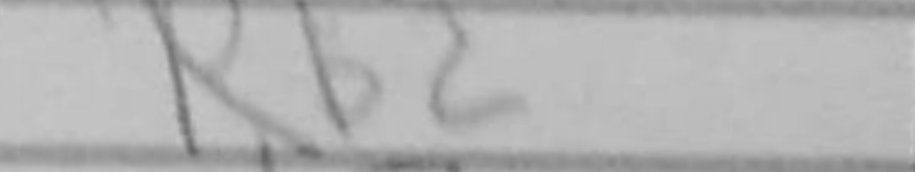
Transcription: Rb2